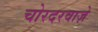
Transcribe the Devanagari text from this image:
चोरदरवाज़े